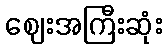
ဈေးအကြီးဆုံး